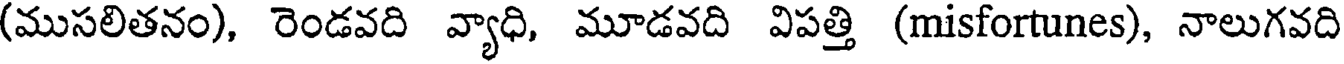
(ముసలితనం), రెండవది వ్యాధి, మూడవది విపత్తి (misfortunes), నాలుగవది